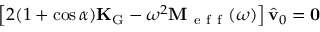
\left[ 2 ( 1 + \cos \alpha ) \mathbf { K } _ { \mathrm { G } } - \omega ^ { 2 } \mathbf { M } _ { \mathrm { ~ e ~ f ~ f ~ } } ( \omega ) \right] \hat { \mathbf { v } } _ { 0 } = \mathbf { 0 }